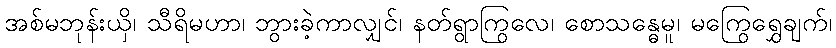
အစ်မဘုန်းယှိ၊ သီရိမဟာ၊ ဘွားခဲ့ကာလျှင်၊ နတ်ရွာကြွလေ၊ စောသန္ဓေမူ၊ မကြွေရွှေချက်၊